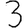
Digit: 3